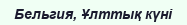
Бельгия, Ұлттық күні